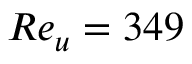
R e _ { u } = 3 4 9